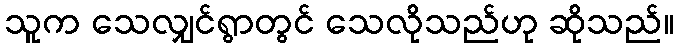
သူက သေလျှင်ရွာတွင် သေလိုသည်ဟု ဆိုသည်။